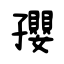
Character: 孾